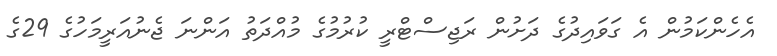
އެހެންކަމުން އެ ގަވައިދުގެ ދަށުން ރަޖިސްޓްރީ ކުރުމުގެ މުއްދަތު އަންނަ ޖެނުއަރީމަހުގެ 29ގެ